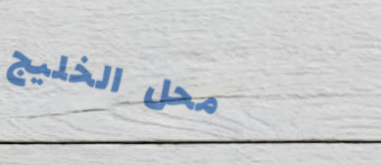
محل الخليج